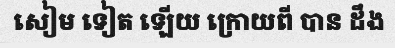
សៀម ទៀត ឡើយ ក្រោយពី បាន ដឹង